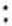
: